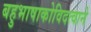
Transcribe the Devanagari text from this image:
बहुभाषाकोविदत्वाने